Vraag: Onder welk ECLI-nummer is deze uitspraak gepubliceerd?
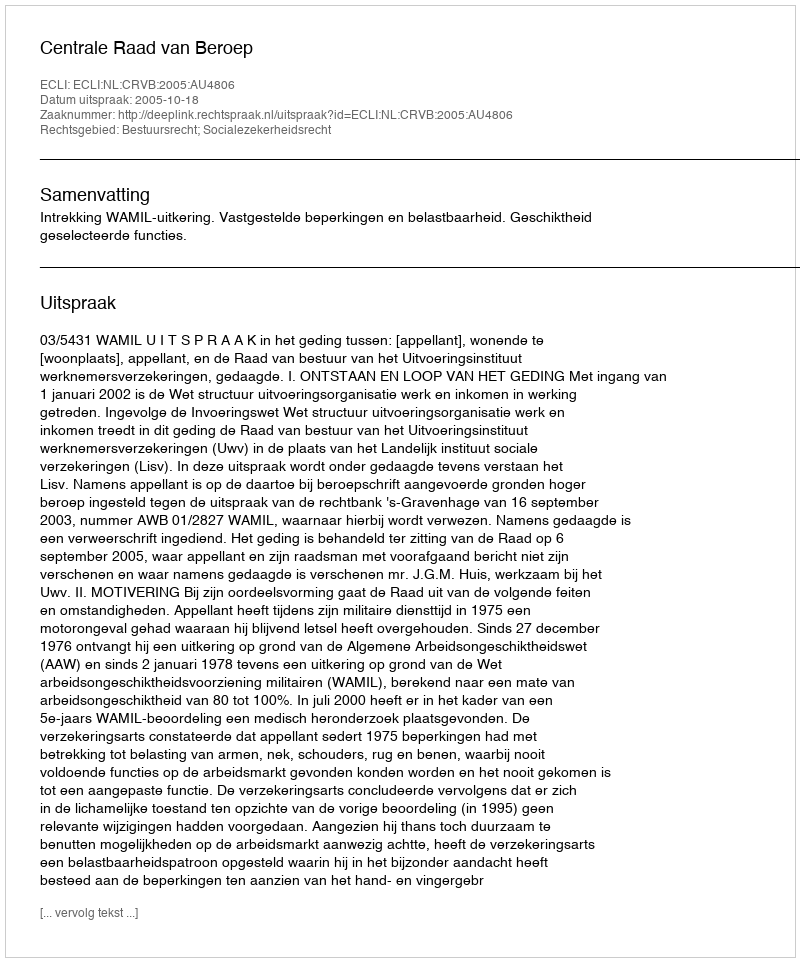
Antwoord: ECLI:NL:CRVB:2005:AU4806